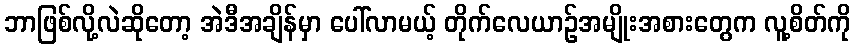
ဘာဖြစ်လို့လဲဆိုတော့ အဲဒီအချိန်မှာ ပေါ်လာမယ့် တိုက်လေယာဉ်အမျိုးအစားတွေက လူ့စိတ်ကို